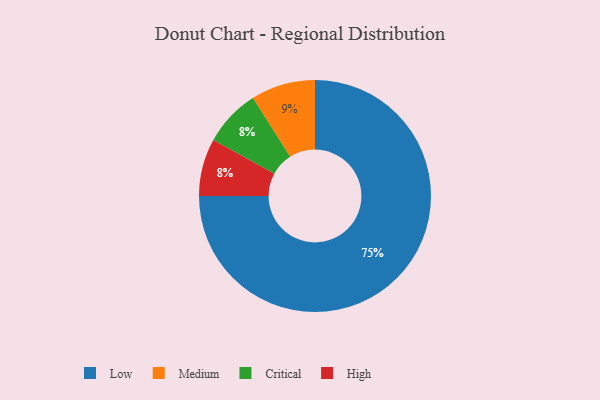
{"axis": {"x": "Category", "y": "Percentage"}, "legend": ["Critical", "High", "Low", "Medium"], "data": [{"x": "Critical", "y": 8, "type": "Critical"}, {"x": "Medium", "y": 9, "type": "Medium"}, {"x": "High", "y": 8, "type": "High"}, {"x": "Low", "y": 75, "type": "Low"}]}